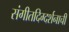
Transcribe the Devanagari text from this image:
संगीतदिग्दर्शनाची